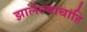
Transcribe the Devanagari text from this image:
झालेल्यांचांहि